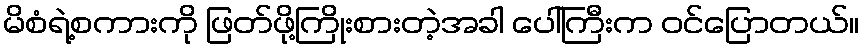
မိစံရဲ့စကားကို ဖြတ်ဖို့ကြိုးစားတဲ့အခါ ပေါ်ကြီးက ဝင်ပြောတယ်။